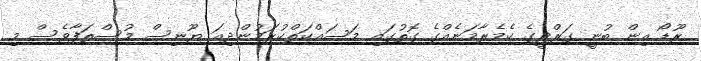
ރޫޑޯ އިން ބުނީ ގަރްދީގެ ކެމެރާމަނެއްގެ ގޮތުގައި މަސައްކަތްކުރަމުންދިއަ ޔޫނިސް މުސްތަފާވެސް މި